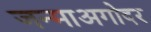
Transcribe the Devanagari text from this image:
जन्माअगोदर